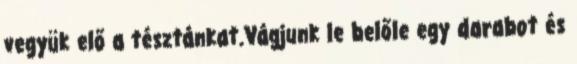
vegyük elő a tésztánkat.Vágjunk le belőle egy darabot és